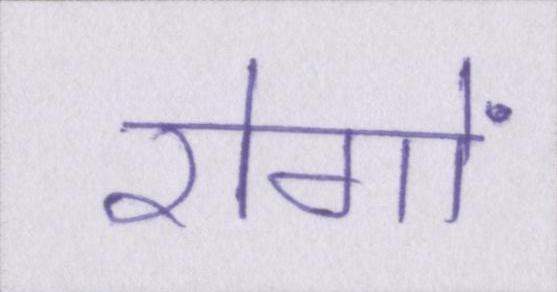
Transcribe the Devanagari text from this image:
रोगों